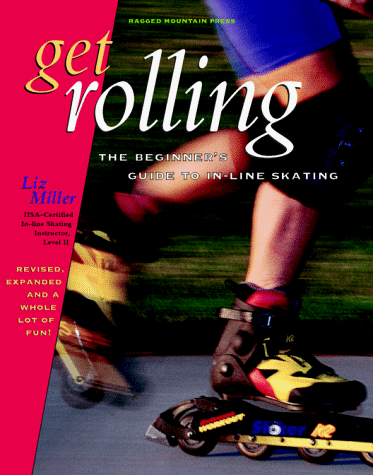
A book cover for Get Rolling: A Beginner's Guide to In-Line Skating; Liz Miller; Sports & Outdoors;